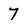
Character: 7